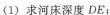
(1) 求河床深度DE；